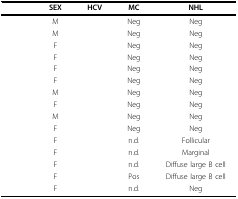
<table><thead><tr><td>[EMPTY_CELL]</td><td><b>SEX</b></td><td><b>HCV</b></td><td><b>MC</b></td><td><b>NHL</b></td></tr></thead><tbody><tr><td>[EMPTY_CELL]</td><td>M</td><td>[EMPTY_CELL]</td><td>Neg</td><td>Neg</td></tr><tr><td>[EMPTY_CELL]</td><td>M</td><td>[EMPTY_CELL]</td><td>Neg</td><td>Neg</td></tr><tr><td>[EMPTY_CELL]</td><td>F</td><td>[EMPTY_CELL]</td><td>Neg</td><td>Neg</td></tr><tr><td>[EMPTY_CELL]</td><td>F</td><td>[EMPTY_CELL]</td><td>Neg</td><td>Neg</td></tr><tr><td>[EMPTY_CELL]</td><td>F</td><td>[EMPTY_CELL]</td><td>Neg</td><td>Neg</td></tr><tr><td>[EMPTY_CELL]</td><td>F</td><td>[EMPTY_CELL]</td><td>Neg</td><td>Neg</td></tr><tr><td>[EMPTY_CELL]</td><td>M</td><td>[EMPTY_CELL]</td><td>Neg</td><td>Neg</td></tr><tr><td>[EMPTY_CELL]</td><td>F</td><td>[EMPTY_CELL]</td><td>Neg</td><td>Neg</td></tr><tr><td>[EMPTY_CELL]</td><td>M</td><td>[EMPTY_CELL]</td><td>Neg</td><td>Neg</td></tr><tr><td>[EMPTY_CELL]</td><td>F</td><td>[EMPTY_CELL]</td><td>Neg</td><td>Neg</td></tr><tr><td>[EMPTY_CELL]</td><td>F</td><td>[EMPTY_CELL]</td><td>n.d.</td><td>Follicular</td></tr><tr><td>[EMPTY_CELL]</td><td>F</td><td>[EMPTY_CELL]</td><td>n.d.</td><td>Marginal</td></tr><tr><td>[EMPTY_CELL]</td><td>F</td><td>[EMPTY_CELL]</td><td>n.d.</td><td>Diffuse large B cell</td></tr><tr><td>[EMPTY_CELL]</td><td>F</td><td>[EMPTY_CELL]</td><td>Pos</td><td>Diffuse large B cell</td></tr><tr><td>[EMPTY_CELL]</td><td>F</td><td>[EMPTY_CELL]</td><td>n.d.</td><td>Neg</td></tr></tbody></table>